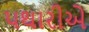
પથારીએ